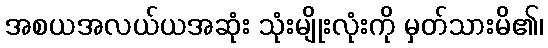
အစယအလယ်ယအဆုံး သုံးမျိုးလုံးကို မှတ်သားမိ၏၊